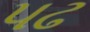
પઢ